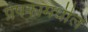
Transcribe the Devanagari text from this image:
प्रेषकांमधील